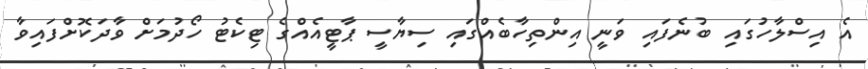
އެ އިސްލާހުގައި ބުނެފައި ވަނީ އިންތިހާބެއްގައި ސިޔާސީ ޕާޓީއެއްގެ ޓިކެޓު ހޯދުމަށް ވާދަކޮށްފައިވާ